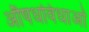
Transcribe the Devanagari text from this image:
औषधविधाओं